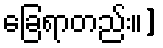
ခြေရာတည်း။]